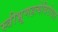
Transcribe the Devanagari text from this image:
स्त्रीभ्रूणहत्येविरोधात